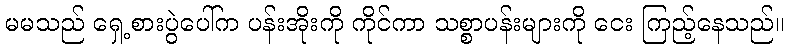
မမသည် ရှေ့စားပွဲပေါ်က ပန်းအိုးကို ကိုင်ကာ သစ္စာပန်းများကို ငေး ကြည့်နေသည်။